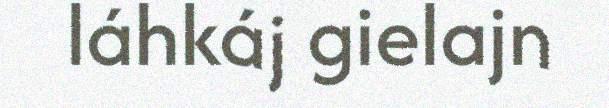
láhkáj gielajn